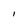
Character: l